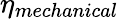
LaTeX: \eta_{mechanical}